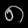
Digit: ၈